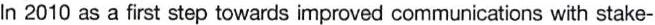
In 2010 as a first step towards improved communications with stake-